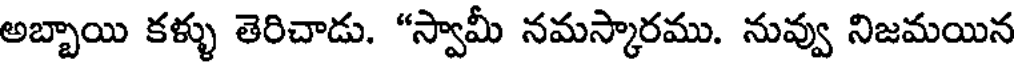
అబ్బాయి కళ్ళు తెరిచాడు. "స్వామీ నమస్కారము. నువ్వు నిజమయిన